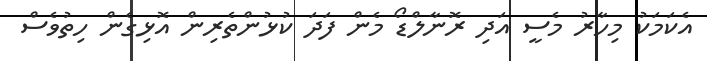
އެކަމަކު މިހާރު މެސީ އަދި ރޮނާލްޑޯ މެން ފަދަ ކުޅުންތެރިން އޮޅިގެން ހިތުވެސް